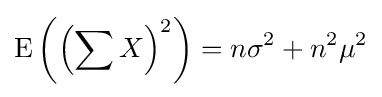
\operatorname {E} \left(\left(\sum X\right)^{2}\right)=n\sigma ^{2}+n^{2}\mu ^{2}